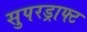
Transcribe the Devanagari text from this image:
सुपरड्राफ्ट